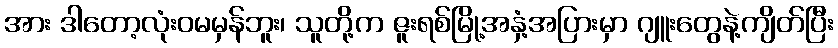
အား ဒါတော့လုံးဝမမှန်ဘူး၊ သူတို့က ဇူးရစ်မြို့အနှံ့အပြားမှာ ဂျူးတွေနဲ့ကျိတ်ပြီး